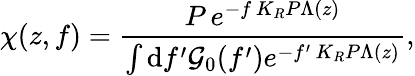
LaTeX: \chi(z,f)=\frac{P\, e^{-f\, K_{R}P\Lambda(z)}}{\int\mathrm{d}f^{\prime}\mathcal{G}_{0}(f^{\prime})e^{-f^{\prime}\, K_{R}P\Lambda(z)}},